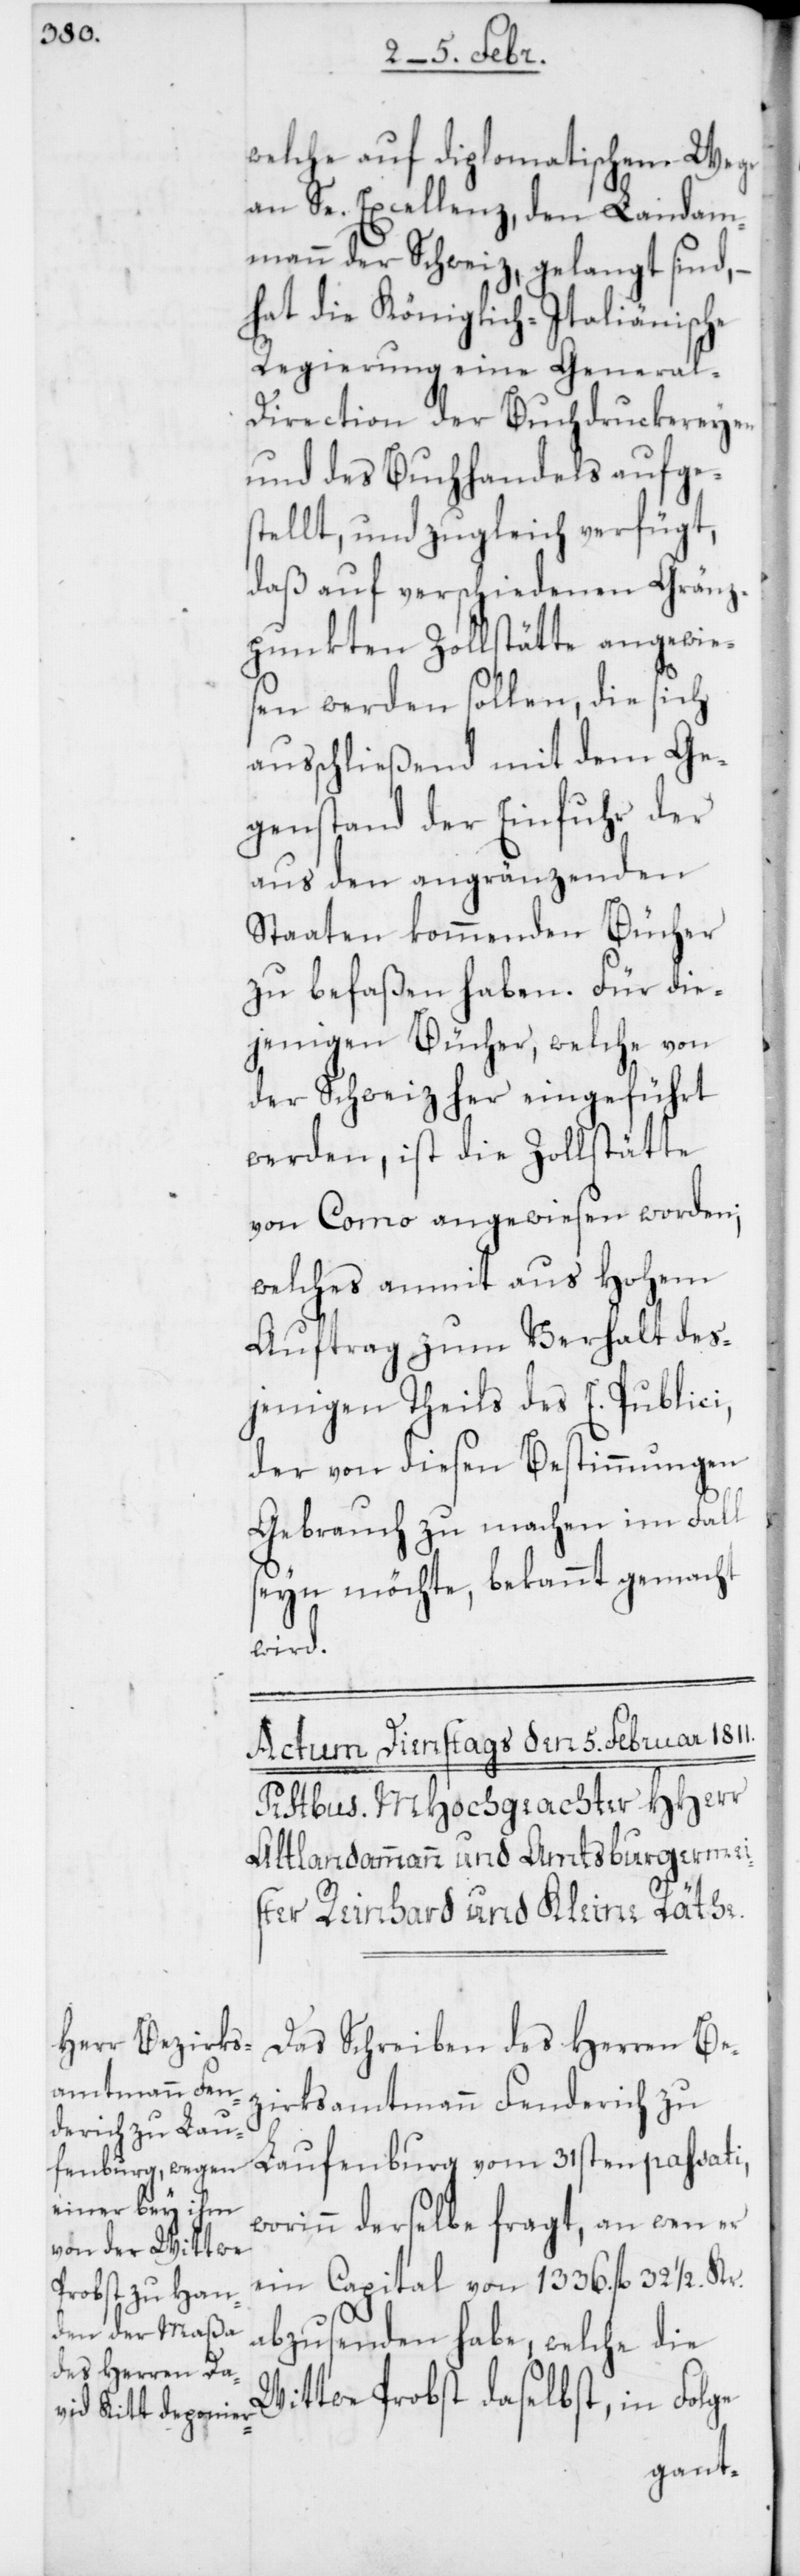
welche auf diplomatischem Wege
an Se. Excellenz, den Landam¬
mann der Schweiz, gelangt sind,
hat die Königlich-Italienische
Regierung eine General-D¬
irection der Buchdruckereyen
und des Buchhandels aufges¬
tellt, und zugleich verfügt,
daß auf verschiedenen Gränz¬
punkten Zollstätte angewie¬
sen werden sollen, die sich
ausschließend mit dem Ge¬
genstand der Einfuhr der
aus den angränzenden
Staaten kommenden Bücher
zu befaßen haben. für die¬
jenigen Bücher, welche von
der Schweiz her eingeführt
werden, ist die Zollstätte
von Como angewiesen worden;
welches anmit aus Hohem
Auftrag zum Verhalt des¬
jenigen Theils des E. Publici,
der von diesen Bestimmungen
Gebrauch zu machen im Fall
seyn möchte, bekannt gemacht
wird.
Das Schreiben des Herren Be¬
zirksamtmann Fenderich zu
Laufenburg vom 31sten passati,
worinn derselbe fragt, an wen er
ein Capital von 1336. fl. 32 1/2 Kr.
abzusenden habe, welche die
Wittwe Probst daselbst, in Folge